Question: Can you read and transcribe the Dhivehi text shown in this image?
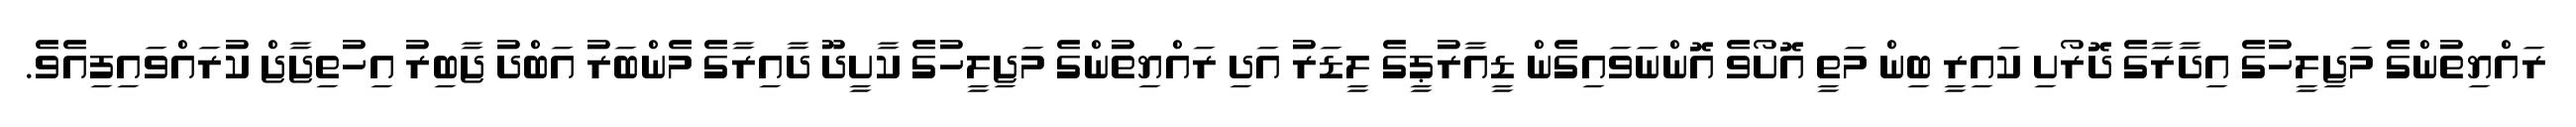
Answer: ރައްޔިތުންގެ މަޖިލީހުގެ އިދާރާގެ ދޮރޯށި ކައިރީ ބިން މަތީ އޮށޯވެ އޮންނަވައިގެން ޑީއާރުޕީގެ ލީޑަރު އަދި ރައްޔިތުންގެ މަޖިލީހުގެ ކާށީދޫ ދާއިރާގެ މެންބަރު އަބްދު ޖާބިރު އިހުތިޖާޖް ކުރައްވައިފިއެވެ.